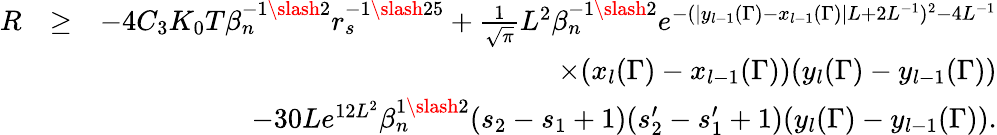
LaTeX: \begin{array}{rlr}{R}&{\geq}&{-4C_{3}K_{0}T\beta_{n}^{-1\slash 2}r_{s}^{-1\slash 25}+\frac{1}{\sqrt{\pi}}L^{2}\beta_{n}^{-1\slash 2}e^{-(|y_{l-1}(\Gamma)-x_{l-1}(\Gamma)|L+2L^{-1})^{2}-4L^{-1}}}\\ &{}&{\quad\quad\quad\quad\quad\quad\quad\quad\quad\quad\times(x_{l}(\Gamma)-x_{l-1}(\Gamma))(y_{l}(\Gamma)-y_{l-1}(\Gamma))}\\ &{}&{-30Le^{12L^{2}}\beta_{n}^{1\slash 2}(s_{2}-s_{1}+1)(s_{2}^{\prime}-s_{1}^{\prime}+1)(y_{l}(\Gamma)-y_{l-1}(\Gamma)).}\end{array}